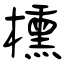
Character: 櫄